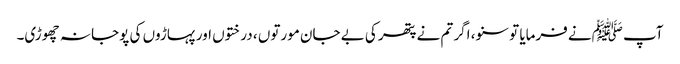
آپ ﷺنے فرمایا تو سنو، اگر تم نے پتھر کی بے جان مورتوں ، درختوں اور پہاڑوں کی پوجا نہ چھوڑی۔